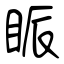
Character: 眽